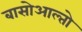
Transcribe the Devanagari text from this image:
बासोआल्तो